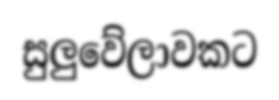
සුලුවේලාවකට